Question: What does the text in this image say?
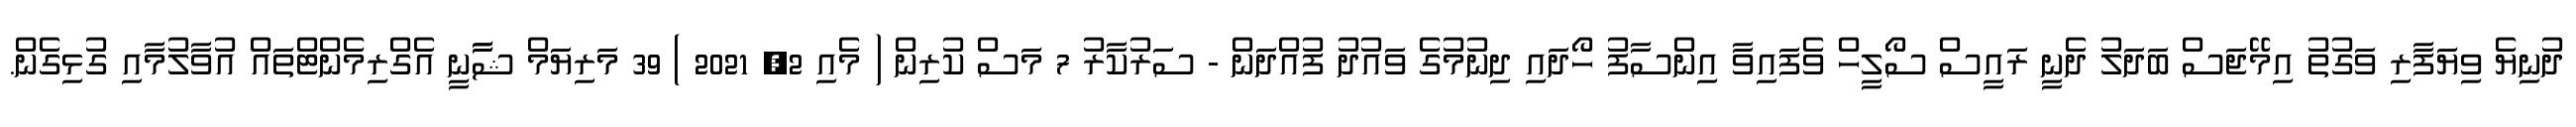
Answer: ދުނިޔެ ވިޔަފާރި ވަގުތު އިމޭޖަސް ބަދަލު ދެނީ ރައީސް ސޯލީހް ވެފައިވާ އިންސާފު ހޯދައި ދިނުމުގެ ވައުދު ފުއްދަން - ސަރުކާރު 7 މަސް ކުރިން ( މެއި 2, 2021 ) 39 މަރިޔަމް ޝާާނީ އެގްރިމެންޓްތައް އުވާލުމާއި ގުޅިގެން.